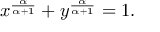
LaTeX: x ^ { \frac { \alpha } { \alpha + 1 } } + y ^ { \frac { \alpha } { \alpha + 1 } } = 1 .